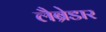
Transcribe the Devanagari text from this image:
लैब्रेडार